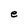
Character: e